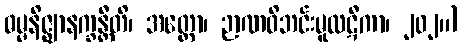
ဓမ္မနိဇ္ဈာနက္ခန္တီတိ၊ အတ္ထော၊ ဉာဏဝိဘင်းမူလဋီကာ၊ ၂၀၂။)